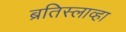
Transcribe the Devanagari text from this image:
ब्रतिस्लाव्हा